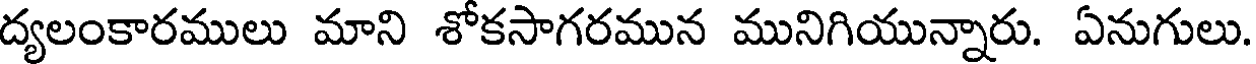
ద్యలంకారములు మాని శోకసాగరమున మునిగియున్నారు. ఏనుగులు.